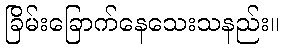
ခြိမ်းခြောက်နေသေးသနည်း။